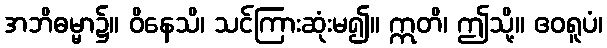
အဘိဓမ္မာ၌။ ဝိနေသိ၊ သင်ကြားဆုံးမ၍။ ဣတိ၊ ဤသို့။ ဧဝရူပံ၊